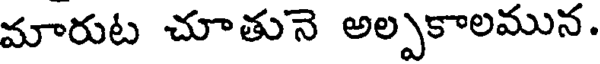
మారుట చూతునె అల్పకాలమున.